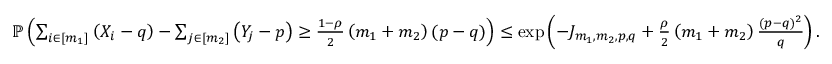
\begin{array} { r } { \mathbb { P } \left( \sum _ { i \in [ m _ { 1 } ] } \left( X _ { i } - q \right) - \sum _ { j \in [ m _ { 2 } ] } \left( Y _ { j } - p \right) \geq \frac { 1 - \rho } { 2 } \left( m _ { 1 } + m _ { 2 } \right) ( p - q ) \right) \leq \exp \left( - J _ { m _ { 1 } , m _ { 2 } , p , q } + \frac { \rho } { 2 } \left( m _ { 1 } + m _ { 2 } \right) \frac { ( p - q ) ^ { 2 } } { q } \right) . } \end{array}